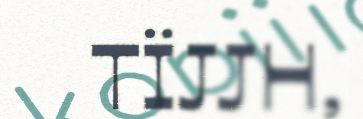
TÏJJH,